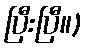
ပြီးပြီ။)